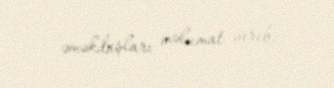
əməkdaşları məlumat verib.